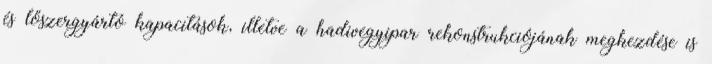
és lőszergyártó kapacitások, illetve a hadivegyipar rekonstrukciójának megkezdése is